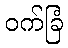
ဝက်ခြံ